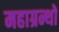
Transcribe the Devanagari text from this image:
महाग्रन्थों